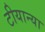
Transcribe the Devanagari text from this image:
टीयान्या